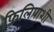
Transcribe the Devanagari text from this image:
फिलिपाशी